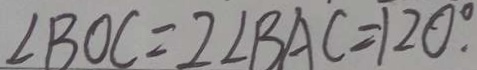
\angle B O C = 2 \angle B A C = 1 2 0 ^ { \circ } .